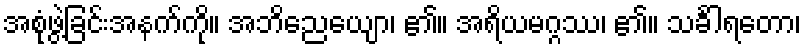
အစုံဖွဲ့ခြင်းအနက်ကို။ အဘိညေယျော၊ ၏။ အရိယမဂ္ဂဿ၊ ၏။ သင်္ခါရတော၊